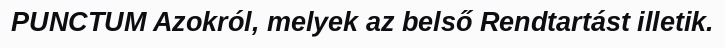
PUNCTUM Azokról, melyek az belső Rendtartást illetik.